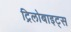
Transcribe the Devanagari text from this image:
ट्रिलोबाइट्स